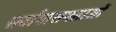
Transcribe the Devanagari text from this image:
सर्वागासमताओं